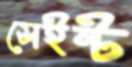
সেইন্ট